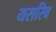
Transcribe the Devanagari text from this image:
यसरिब